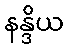
နန္ဒိယ